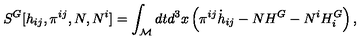
{ } S ^ { G } [ h _ { i j } , \pi ^ { i j } , N , N ^ { i } ] = \int _ { \cal M } d t d ^ { 3 } x \left( { \pi } ^ { i j } { \dot { h } } _ { i j } - N H ^ { G } - N ^ { i } H _ { i } ^ { G } \right) ,